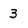
Character: 3